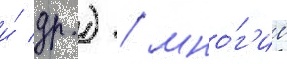
и́ др.) / мно́г'ие